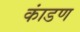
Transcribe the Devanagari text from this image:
कांडण